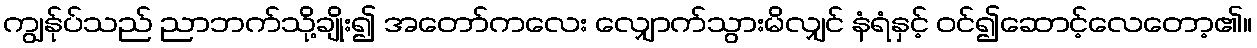
ကျွန်ုပ်သည် ညာဘက်သို့ချိုး၍ အတော်ကလေး လျှောက်သွားမိလျှင် နံရံနှင့် ဝင်၍ဆောင့်လေတော့၏။